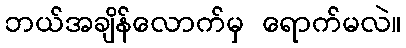
ဘယ်အချိန်လောက်မှ ရောက်မလဲ။